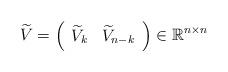
LaTeX: \begin{align*}\widetilde{V} =\left( \begin{array}{cc} \widetilde{V}_k & \widetilde{V}_{n-k} \\ \end{array} \right)\in \mathbb{R}^{n\times n}\end{align*}